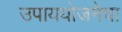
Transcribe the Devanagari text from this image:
उपाययोजनेचा